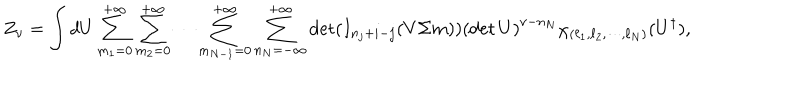
Z _ { \nu } = \int d U \sum _ { m _ { 1 } = 0 } ^ { + \infty } \sum _ { m _ { 2 } = 0 } ^ { + \infty } \cdots \sum _ { m _ { N - 1 } = 0 } ^ { + \infty } \sum _ { n _ { N } = - \infty } ^ { + \infty } \det ( I _ { n _ { j } + i - j } ( V \Sigma m ) ) \left( \det U \right) ^ { \nu - n _ { N } } \chi _ { ( \ell _ { 1 } , \ell _ { 2 } , \cdots , \ell _ { N } ) } ( U ^ { \dagger } ) ,